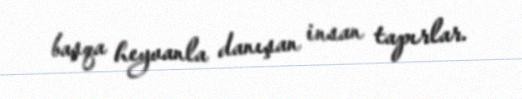
başqa heyvanla danışan insan tapırlar.